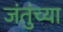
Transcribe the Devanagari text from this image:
जंतुंच्या